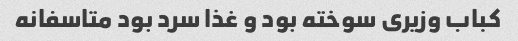
کباب وزیری سوخته بود و غذا سرد بود متاسفانه